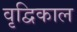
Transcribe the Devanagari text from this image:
वृद्विकाल